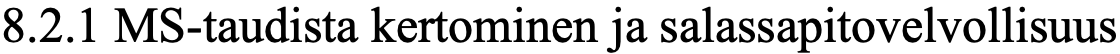
8.2.1 MS-taudista kertominen ja salassapitovelvollisuus